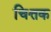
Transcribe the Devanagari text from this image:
चित्तक